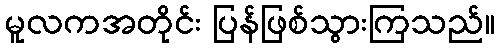
မူလကအတိုင်း ပြန်ဖြစ်သွားကြသည်။